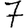
Digit: 7